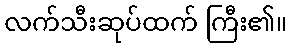
လက်သီးဆုပ်ထက် ကြီး၏။